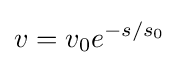
v={v_{0}}{e^{-s/{s_{0}}}}